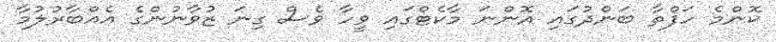
ކޮންމެ ހަފްތާ ބަންދުގައި އޮންނަ މާކެޓްގައި ވީހާ ވެސް ގިނަ ޒުވާނުންގެ އެއްބާރުލުމާ